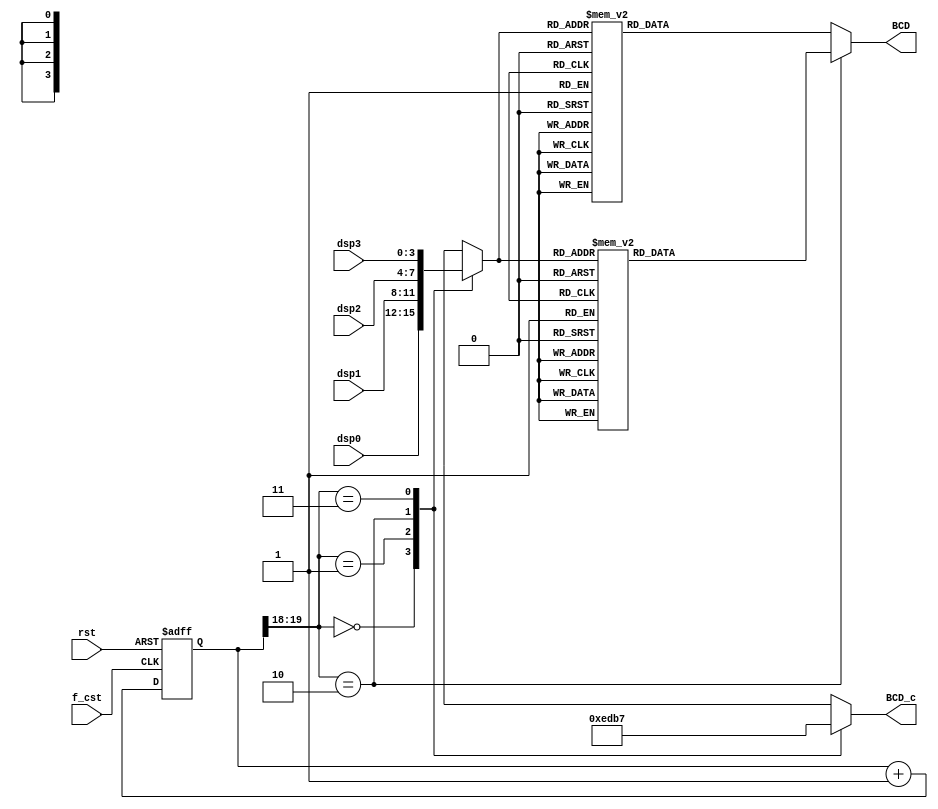
`timescale 1ns / 1ps
//////////////////////////////////////////////////////////////////////////////////
// Company: 
// Engineer: 
// 
// Design Name: 
// Module Name: ssd_ctl
// Project Name: 
// Target Devices: 
// Tool Versions: 
// Description: 
// 
// Dependencies: 
// 
// Revision:
// Revision 0.01 - File Created
// Additional Comments:
// 
//////////////////////////////////////////////////////////////////////////////////
// define segment codes
`define SS_0 8'b00000011
`define SS_1 8'b10011111
`define SS_2 8'b00100101
`define SS_3 8'b00001101
`define SS_4 8'b10011001
`define SS_5 8'b01001001
`define SS_6 8'b01000001
`define SS_7 8'b00011111
`define SS_8 8'b00000001
`define SS_9 8'b00001001
`define SS_A 8'b00010001
`define SS_P 8'b00110001
`define SS_F 8'b01110001

module ssd_ctl(
    input [3:0]dsp0,
    input [3:0]dsp1,
    input [3:0]dsp2,
    input [3:0]dsp3,
    input f_cst,
    output reg [7:0]BCD,
    output reg [3:0]BCD_c,
    input rst
    );
//counter
    reg [19:0] cnt,cnt_tmp;
    //+1
    always @(cnt)
        cnt_tmp <= cnt+1;       
    // Flip flops
    always @(posedge f_cst or posedge rst)
        if (rst) cnt <= 20'b0;
        else cnt <= cnt_tmp;
        
    wire [1:0]ssd_en;
    assign ssd_en = {cnt[19],cnt[18]};
    
    reg [3:0]BCD_tmp;
        
    always @(BCD_tmp)
        if(ssd_en==2'b10)case (BCD_tmp)
                4'd0: BCD = 8'b00000010;
                4'd1: BCD = 8'b10011110;
                4'd2: BCD = 8'b00100100;
                4'd3: BCD = 8'b00001100;
                4'd4: BCD = 8'b10011000;
                4'd5: BCD = 8'b01001000;
                4'd6: BCD = 8'b01000000;
                4'd7: BCD = 8'b00011110;
                4'd8: BCD = 8'b00000000;
                4'd9: BCD = 8'b00001000;
                4'd11:BCD = 8'b00010000;
                4'd10:BCD = 8'b00110000;
                default: BCD = 8'b01110000;
            endcase
        else
        case (BCD_tmp)
            4'd0: BCD = `SS_0;
            4'd1: BCD = `SS_1;
            4'd2: BCD = `SS_2;
            4'd3: BCD = `SS_3;
            4'd4: BCD = `SS_4;
            4'd5: BCD = `SS_5;
            4'd6: BCD = `SS_6;
            4'd7: BCD = `SS_7;
            4'd8: BCD = `SS_8;
            4'd9: BCD = `SS_9;
            4'd11: BCD = `SS_A;
            4'd10: BCD = `SS_P;
            default: BCD = `SS_F;
        endcase
        
        
    always @*
    case(ssd_en)
         2'b00: BCD_tmp = dsp0;
         2'b01: BCD_tmp = dsp1;
         2'b10: BCD_tmp = dsp2;
         2'b11: BCD_tmp = dsp3;
         default: BCD_tmp = 4'b0000;
    endcase
    
    always @*
    case(ssd_en)
         2'b00: BCD_c = 4'b1110;
         2'b01: BCD_c = 4'b1101;
         2'b10: BCD_c = 4'b1011;
         2'b11: BCD_c = 4'b0111;
         default: BCD_c = 4'b1111;
    endcase
    
    

endmodule